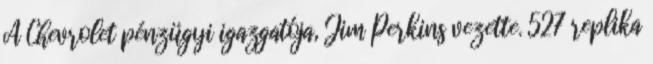
A Chevrolet pénzügyi igazgatója, Jim Perkins vezette. 527 replika